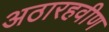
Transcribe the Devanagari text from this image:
अठारहवीण